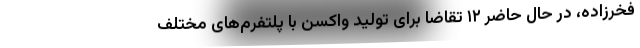
فخرزاده، در حال حاضر ۱۲ تقاضا برای تولید واکسن با پلتفرم‌های مختلف